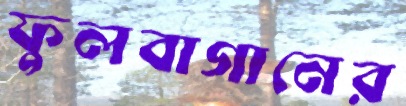
ফুলবাগানের